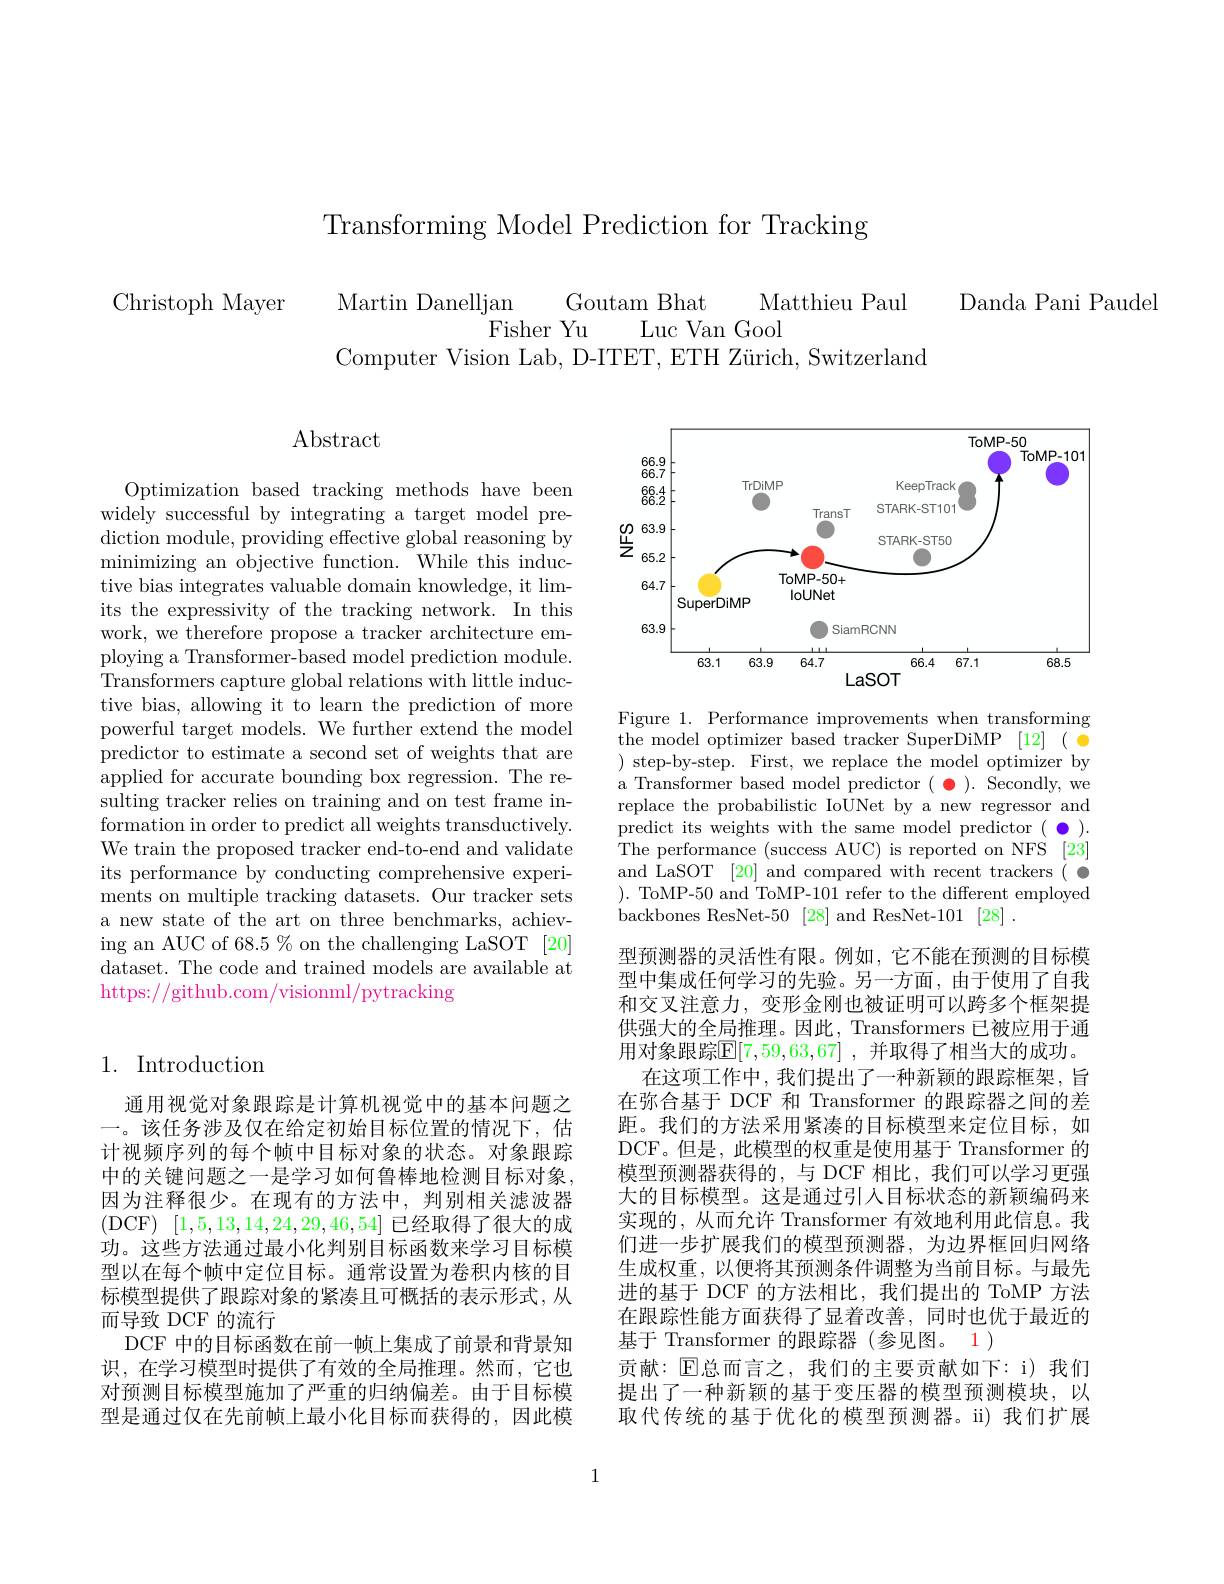
Transforming Model Prediction for Tracking

Danda Pani Paudel

Christoph Mayer

Martin Danelljan
Matthieu Paul
Goutam Bhat
Fisher Yu
Luc Van Gool
Computer Vision Lab, D-ITET, ETH Zürich, Switzerland

## Abstract

Optimization based tracking methods have been widely successful by integrating a target model prediction module, providing effective global reasoning by minimizing an objective function. While this inductive bias integrates valuable domain knowledge, it limits the expressivity of the tracking network. In this work, we therefore propose a tracker architecture employing a Transformer-based model prediction module. Transformers capture global relations with little inductive bias, allowing it to learn the prediction of more powerful target models. We further extend the model predictor to estimate a second set of weights that are applied for accurate bounding box regression. The resulting tracker relies on training and on test frame information in order to predict all weights transductively. We train the proposed tracker end-to-end and validate its performance by conducting comprehensive experiments on multiple tracking datasets. Our tracker sets a new state of the art on three benchmarks, achieving an AUC of 68.5% on the challenging LaSOT [20] dataset. The code and trained models are available at https://github.com/visionml/pytracking

## 1. Introduction

通用视觉对象跟踪是计算机视觉中的基本问题之一。该任务涉及仅在给定初始目标位置的情况下，估计视频序列的每个帧中目标对象的状态。对象跟踪中的关键问题之一是学习如何鲁棒地检测目标对象， 因为注释很少。在现有的方法中，判别相关滤波器(DCF) [1,5,13,14,24,29,46,54]已经取得了很大的成功。这些方法通过最小化判别目标函数来学习目标模型以在每个帧中定位目标。通常设置为卷积内核的目标模型提供了跟踪对象的紧凑且可概括的表示形式，从而导致 DCF 的流行
DCF 中的目标函数在前一帧上集成了前景和背景知识，在学习模型时提供了有效的全局推理。然而，它也对预测目标模型施加了严重的归纳偏差。由于目标模型是通过仅在先前帧上最小化目标而获得的，因此模

<FigureHere>

Figure 1. Performance improvements when transforming
$\bar{\text{the model optimizer based tracker SuperDiMP}}$ [12] (
 step- by- step. First, we replace the model optimizer by a Transformer based model predictor $(\begin{array}{c}\bullet\end{array}).\begin{array}{c}\mathrm{Secondly,we}\end{array}$ replace the probabilistic IoUNet by a new regressor and predict its weights with the same model predictor $(\begin{array}{c}\bullet\end{array}).$ The performance (success AUC) is reported on NFS [23] and LaSOT [20] and compared with recent trackers
). ToMP-50 and ToMP-101 refer to the different employed
backbones ResNet-50 [28] and ResNet-101 [28] .
型预测器的灵活性有限。例如，它不能在预测的目标模型中集成任何学习的先验。另一方面，由于使用了自我和交叉注意力，变形金刚也被证明可以跨多个框架提供强大的全局推理。因此，Transformers 已被应用于通用对象跟踪$\mathbb{E}[7,59,63,67]$ ,并取得了相当大的成功。
在这项工作中，我们提出了一种新颖的跟踪框架，旨在弥合基于 DCF 和 Transformer 的跟踪器之间的差距。我们的方法采用紧凑的目标模型来定位目标，如DCF。但是，此模型的权重是使用基于 Transformer 的模型预测器获得的，与 DCF 相比，我们可以学习更强大的目标模型。这是通过引人目标状态的新颖编码来实现的，从而允许 Transformer 有效地利用此信息。我们进一步扩展我们的模型预测器，为边界框回归网络生成权重，以便将其预测条件调整为当前目标。与最先进的基于 DCF 的方法相比，我们提出的 ToMP 方法在跟踪性能方面获得了显着改善，同时也优于最近的基于 Transformer 的跟踪器(参见图。1 )
贡献：$\operatorname{E}$总而言之，我们的主要贡献如下：i)我们提出了一种新颖的基于变压器的模型预测模块，以取代传统的基于优化的模型预测器。i) 我们扩展

1